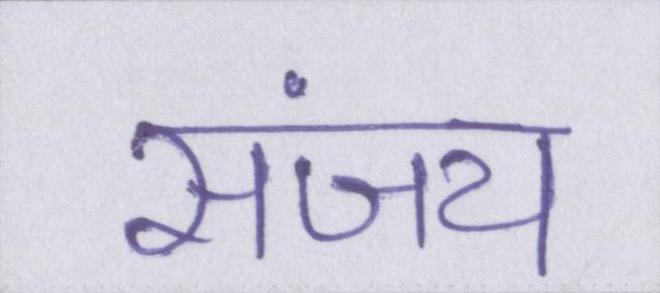
संजय